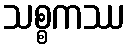
သစ္စကဿ